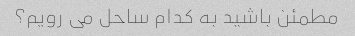
مطمئن باشید به کدام ساحل می رویم؟